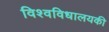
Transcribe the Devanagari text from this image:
विश्वविधालयकी